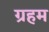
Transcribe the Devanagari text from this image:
ग्रहम